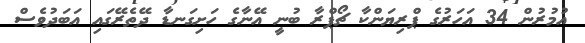
އުމުރުން 34 އަހަރުގެ ޕްރިޔަންކާ ޗޯޕްރާ ބުނީ އޭނާގެ ހަށިގަނޑާ ދޭތެރޭގައި އަބަދުވެސް